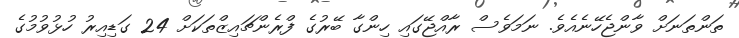
ތަންތަނަށް ވާންޖެހޭނެއެވެ. ނަމަވެސް ރާއްޖޭގައި ހިންގާ ބޭރުގެ ފްރެންޗައިޒްތަކަށް 24 ގަޑިއިރު ހުޅުވުމުގެ